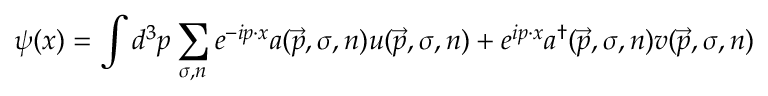
\psi ( x ) = \int d ^ { 3 } p \sum _ { \sigma , n } e ^ { - i p \cdot x } a ( { \vec { p } } , \sigma , n ) u ( { \vec { p } } , \sigma , n ) + e ^ { i p \cdot x } a ^ { \dagger } ( { \vec { p } } , \sigma , n ) v ( { \vec { p } } , \sigma , n )